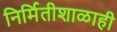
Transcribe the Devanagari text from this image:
निर्मितीशाळाही